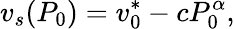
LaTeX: v_{s}(P_{0})=v_{0}^{*}-cP_{0}^{\alpha},